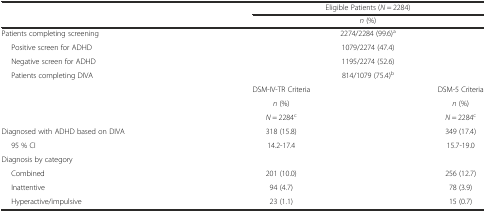
<table><thead><tr><td rowspan="2"></td><td colspan="2"><b>Eligible Patients (<i>N</i> = 2284)</b></td></tr><tr><td colspan="2"><b><i>n</i> (%)</b></td></tr></thead><tbody><tr><td>Patients completing screening</td><td colspan="2">2274/2284 (99.6)<sup>a</sup></td></tr><tr><td>Positive screen for ADHD</td><td colspan="2">1079/2274 (47.4)</td></tr><tr><td>Negative screen for ADHD</td><td colspan="2">1195/2274 (52.6)</td></tr><tr><td>Patients completing DIVA</td><td colspan="2">814/1079 (75.4)<sup>b</sup></td></tr><tr><td rowspan="3"></td><td>DSM-IV-TR Criteria</td><td>DSM-5 Criteria</td></tr><tr><td><i>n</i> (%)</td><td><i>n</i> (%)</td></tr><tr><td><i>N</i> = 2284<sup>c</sup></td><td><i>N</i> = 2284<sup>c</sup></td></tr><tr><td>Diagnosed with ADHD based on DIVA</td><td>318 (15.8)</td><td>349 (17.4)</td></tr><tr><td>95 % CI</td><td>14.2-17.4</td><td>15.7-19.0</td></tr><tr><td>Diagnosis by category</td><td></td><td></td></tr><tr><td>Combined</td><td>201 (10.0)</td><td>256 (12.7)</td></tr><tr><td>Inattentive</td><td>94 (4.7)</td><td>78 (3.9)</td></tr><tr><td>Hyperactive/impulsive</td><td>23 (1.1)</td><td>15 (0.7)</td></tr></tbody></table>